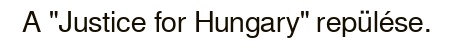
A "Justice for Hungary" repülése.